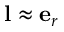
{ \bf l } \approx { \bf e } _ { r }